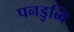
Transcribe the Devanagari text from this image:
पनडुब्बि